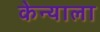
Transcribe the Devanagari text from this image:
केन्याला